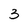
Character: 3